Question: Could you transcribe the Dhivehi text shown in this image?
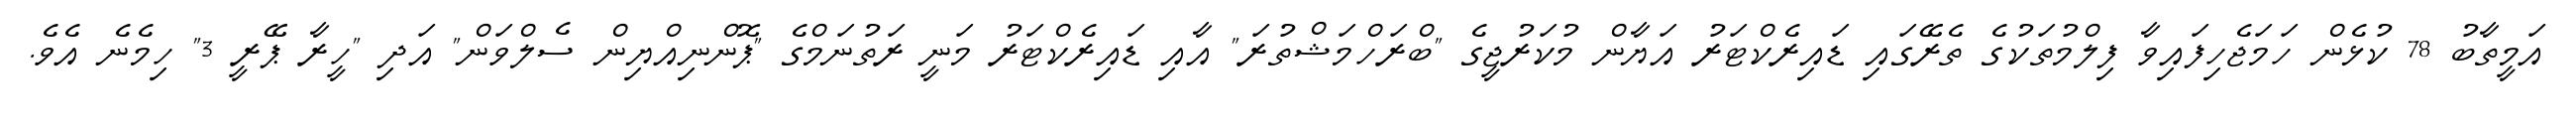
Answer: އަމީތާބު 78 ކުޅެން ހަމަޖެހިފައިވާ ފިލްމުތަކުގެ ތެރޭގައި ޑައިރެކްޓަރު އަޔާން މުކަރުޖީގެ "ބްރަހްމަޝްތުރަ" އާއި ޑައިރެކްޓަރު މަނީ ރަތުނަމްގެ "ޕޮންނިއްޔިން ސެލްވަން" އަދި "ހީރާ ޕޭރީ 3" ހިމެނެ އެވެ.